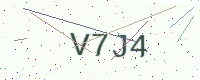
Text: V7J4